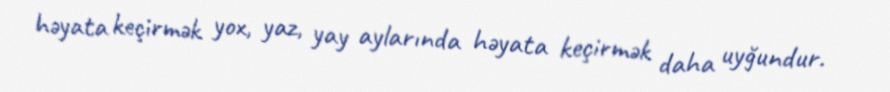
həyata keçirmək yox, yaz, yay aylarında həyata keçirmək daha uyğundur.